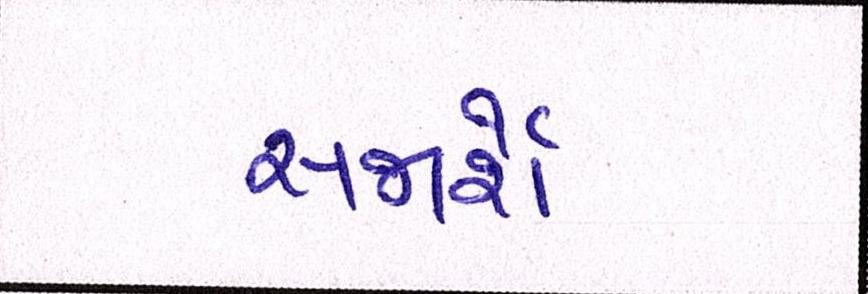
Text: સજાર્શેઃ